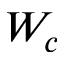
W _ { c }